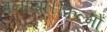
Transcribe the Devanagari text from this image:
बनाया।फ़िल्मों